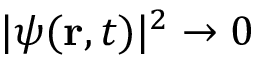
| \psi ( \mathbf { r } , t ) | ^ { 2 } \to 0